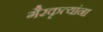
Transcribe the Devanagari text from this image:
गैरकृत्यांना